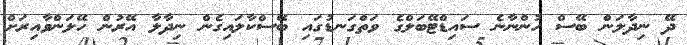
ދޭ ނިދާލަން ބޭސް ހުންނާނެ ސައިޑްޓޭބަލްގެ ވަތްގަނޑުގައި ބޭސްކާލައިގެން ނިދާލާ އޭރުން ހޭލަންވާއިރަށް